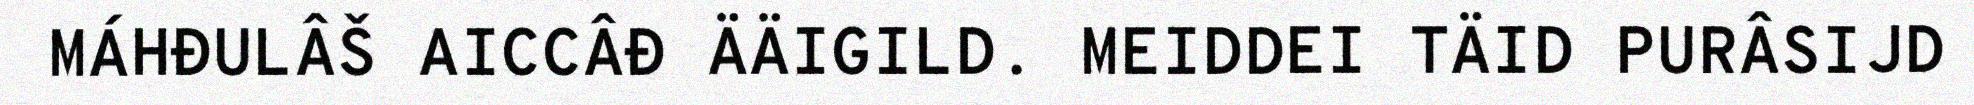
MÁHĐULÂŠ AICCÂĐ ÄÄIGILD. MEIDDEI TÄID PURÂSIJD